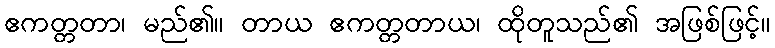
ဧကတ္တတာ၊ မည်၏။ တာယ ဧကတ္တတာယ၊ ထိုတူသည်၏ အဖြစ်ဖြင့်။